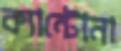
ক্যান্টোনা